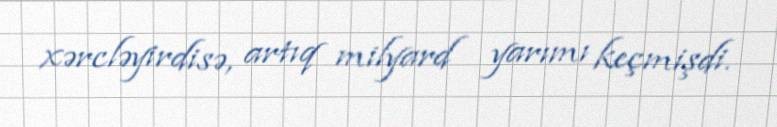
xərcləyirdisə, artıq milyard yarımı keçmişdi.